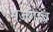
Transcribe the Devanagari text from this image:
मज़गांव